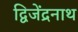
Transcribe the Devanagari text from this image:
द्विजेंद्रनाथ